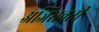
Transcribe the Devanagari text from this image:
अजिरावती